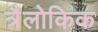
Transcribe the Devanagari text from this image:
त्रैलोकिक